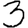
Digit: 3